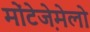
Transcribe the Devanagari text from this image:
मोंटेजे़मेलो